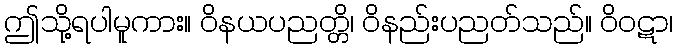
ဤသို့ရပါမူကား။ ဝိနယပညတ္တိ၊ ဝိနည်းပညတ်သည်။ ဝိဝဋာ၊